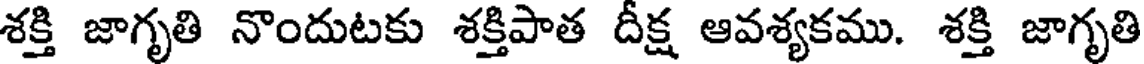
శక్తి జాగృతి నొందుటకు శక్తిపాత దీక్ష ఆవశ్యకము. శక్తి జాగృతి